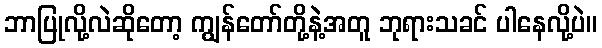
ဘာပြုလို့လဲဆိုတော့ ကျွန်တော်တို့နဲ့အတူ ဘုရားသခင် ပါနေလို့ပဲ။